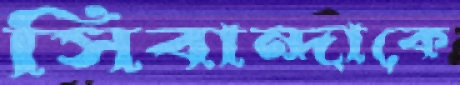
সিবান্দাকে